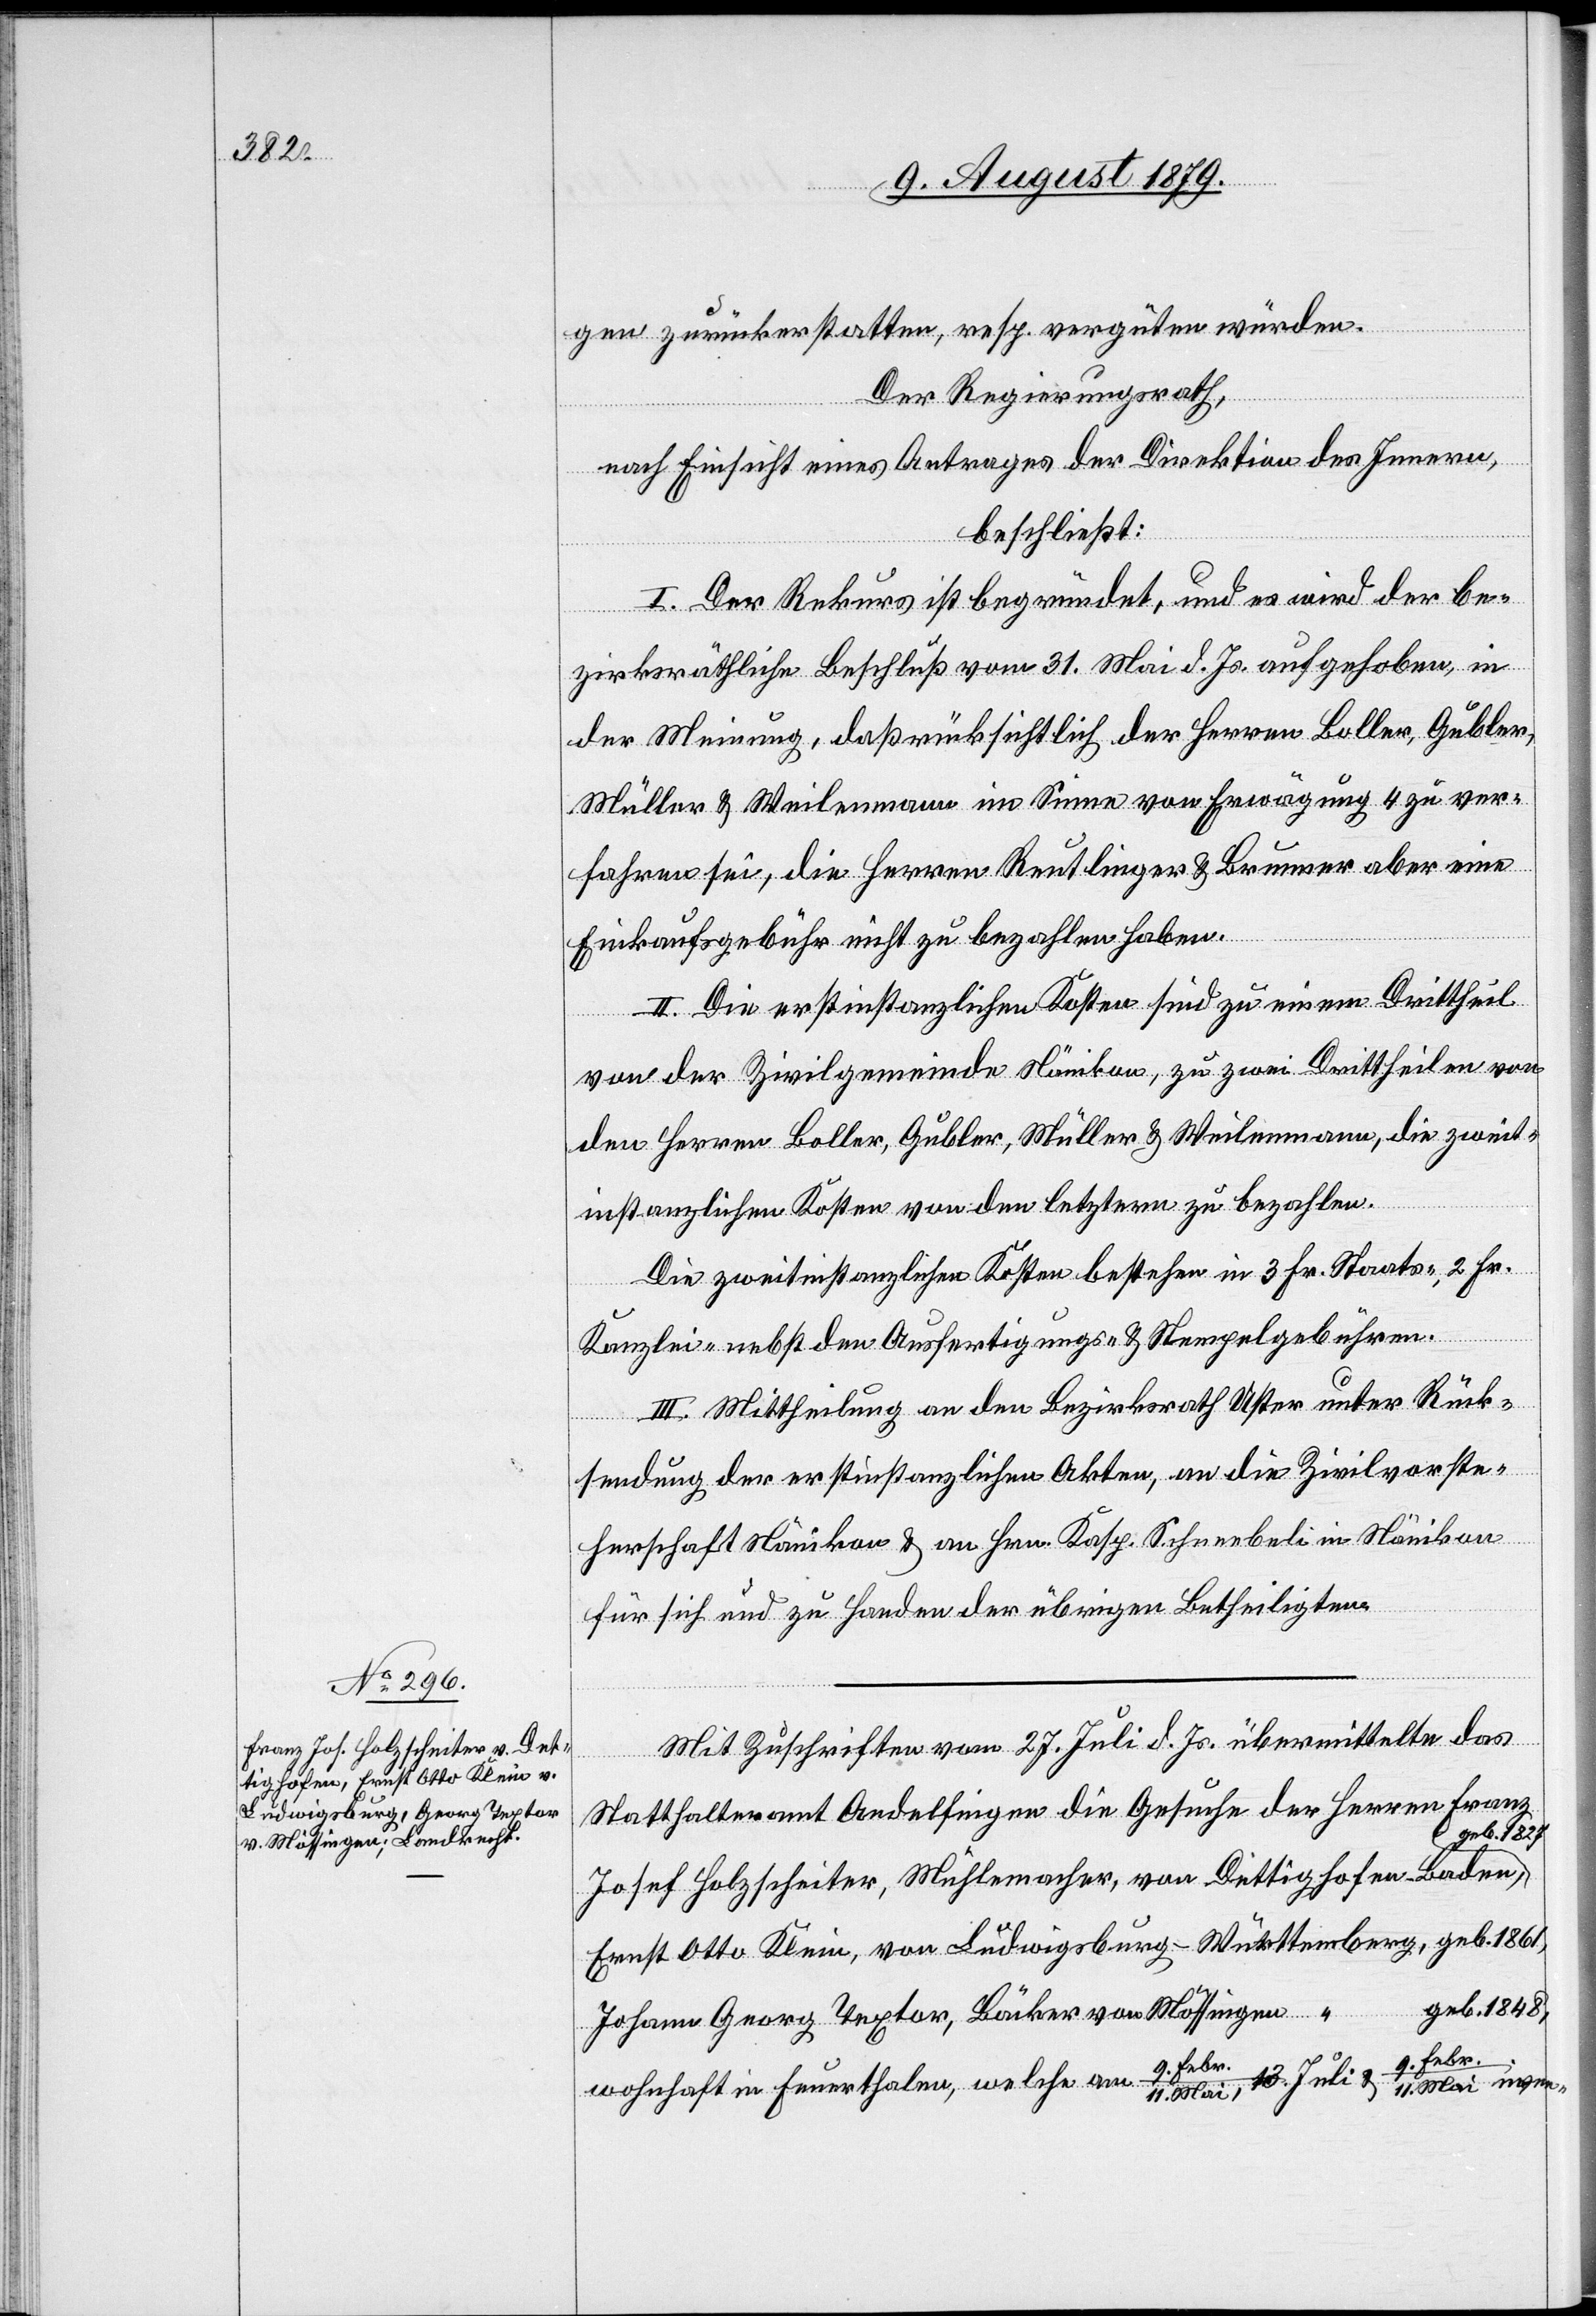
gen zurückerstatten, resp. vergüten würden.
Der Regierungsrath,
nach Einsicht eines Antrages der Direktion des Innern,
beschließt:
I. Der Rekurs ist begründet, und es wird der be¬
zirksräthliche Beschluß vom 31. Mai d. Js. aufgehoben, in
der Meinung, daß rücksichtlich der Herren Boller, Gubler,
Müller & Weilenmann im Sinne von Erwägung 4 zu ver¬
fahren sei, die Herren Reutlinger & Brunner aber eine
Einkaufsgebühr nicht zu bezahlen haben.
II. Die erstinstanzlichen Kosten sind zu einem Drittheil
von der Zivilgemeinde Nänikon, zu zwei Drittheilen von
den Herren Boller, Gubler, Müller & Weilenmann, die zweit¬
instanzlichen Kosten von den letztern zu bezahlen.
Die zweitinstanzlichen Kosten bestehen in 3 Fr. Staats-, 2 Fr.
Kanzlei- nebst den Ausfertigungs- und Stempelgebühren.
III. Mittheilung an den Bezirksrath Uster unter Rück¬
sendung der erstinstanzlichen Akten, an die Zivilvorste¬
herschaft Nänikon & an Hrn. Kasp. Schneebeli in Nänikon
für sich und zu Handen der übrigen Betheiligten.
Mit Zuschrift vom 27. Juli d. Js. übermittelte das
even-
Statthalteramt Andelfingen die Gesuche der Herren Franz
Febr./10.
Josef Holzscheiter, Mühlemacher, von Dettighofen Baden,
Ernst Otto Klein, von Ludwigsburg - Württemberg, geb. 1861,
geb. 1848,
Johann Georg Textor, Bäcker von Mößingen “
wohnhaft in Feuerthalen, welche am 9.